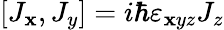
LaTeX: [J_{\mathbf{x}},J_{y}]=i\hbar\varepsilon_{\mathbf{x}yz}J_{z}